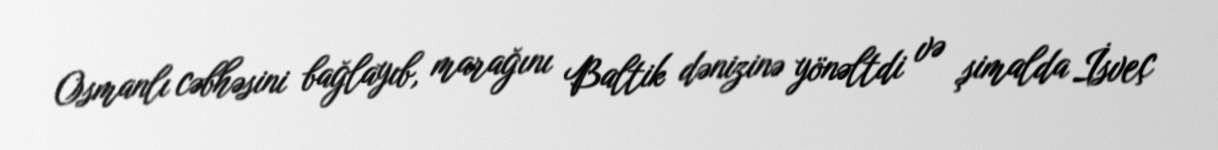
Osmanlı cəbhəsini bağlayıb, marağını Baltik dənizinə yönəltdi və şimalda İsveç